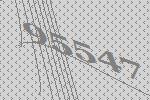
95547